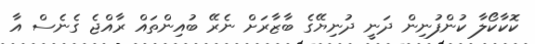
ކޮކާކޯލާ ކުންފުނިން ދަނީ ދުނިޔޭގެ ބާޒާރަށް ނެރޭ ބުއިންތައް ރާއްޖެ ގެނެސް އާ